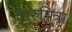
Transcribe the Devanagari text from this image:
चारुमित्रा